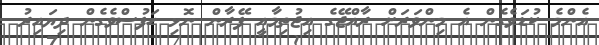
އެންމެ ކުޑަވެގެން އެ މިންވަރަށް ރާއްޖޭގެ އިޖުތިމާއީ ފޭރާން ނޮޅި ހަފުސްވެގެން ދިޔައިރު